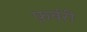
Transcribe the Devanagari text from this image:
फ़र्वरी